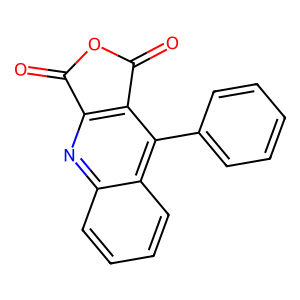
SMILES: O=C1OC(=O)c2c1nc1ccccc1c2-c1ccccc1
Inhibits HIV replication: No